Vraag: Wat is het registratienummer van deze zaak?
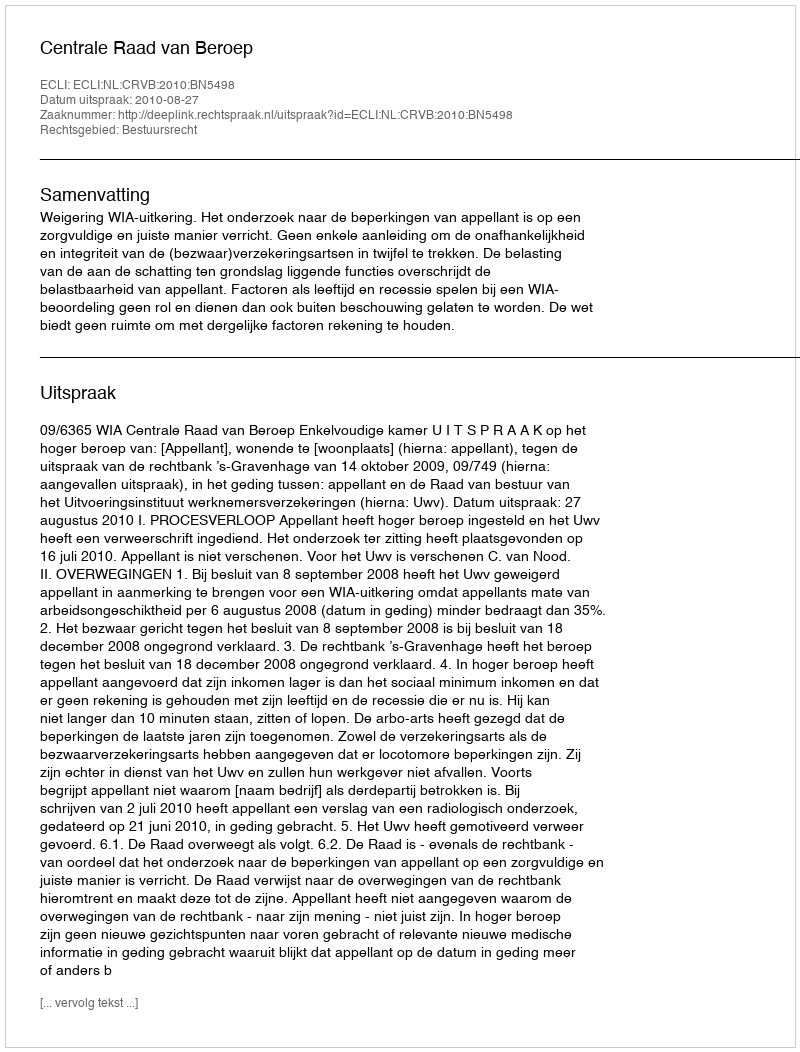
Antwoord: http://deeplink.rechtspraak.nl/uitspraak?id=ECLI:NL:CRVB:2010:BN5498